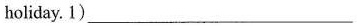
holiday. 1) ___